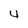
Character: 4